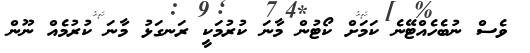
ވެސް ނުބެހެއްޓޭނެ ކަމަށް ކޯޓުން މާނަ ކުރުމަކީ ރަނގަޅު މާނަ ކުރުމެއް ނޫން